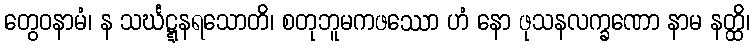
တွေဝနာမံ၊ န သင်္ဃဋ္ဋနရသောတိ၊ စတုဘူမကဖဿော ဟံ နော ဖုသနလက္ခဏော နာမ နတ္ထိ၊